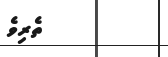
ތެރިވެ